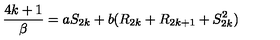
{ \frac { 4 k + 1 } { \beta } } = a S _ { 2 k } + b ( R _ { 2 k } + R _ { 2 k + 1 } + S _ { 2 k } ^ { 2 } )